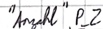
Text: "Anzahl".P_2